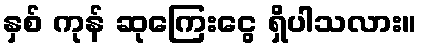
နှစ် ကုန် ဆုကြေးငွေ ရှိပါသလား။